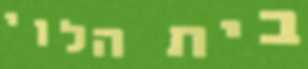
בית הלוי